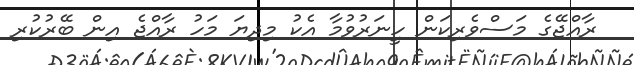
ރާއްޖޭގެ މަސްވެރިކަން ހީނަރުވުމާ އެކު މިދިޔަ މަހު ރާއްޖެ އިން ބޭރުކުރި